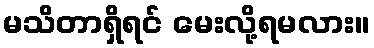
မသိတာရှိရင် မေးလို့ရမလား။